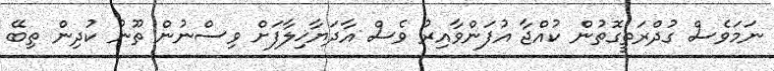
ނަމަވެސް ގުދްރަތީގޮތުން ކުއްޖާ އުފަންވާއިރު ވެސް އާދަޔާޚިލާފަށް ވިސްނުން ތޫނު ކުދިން ތިބޭ